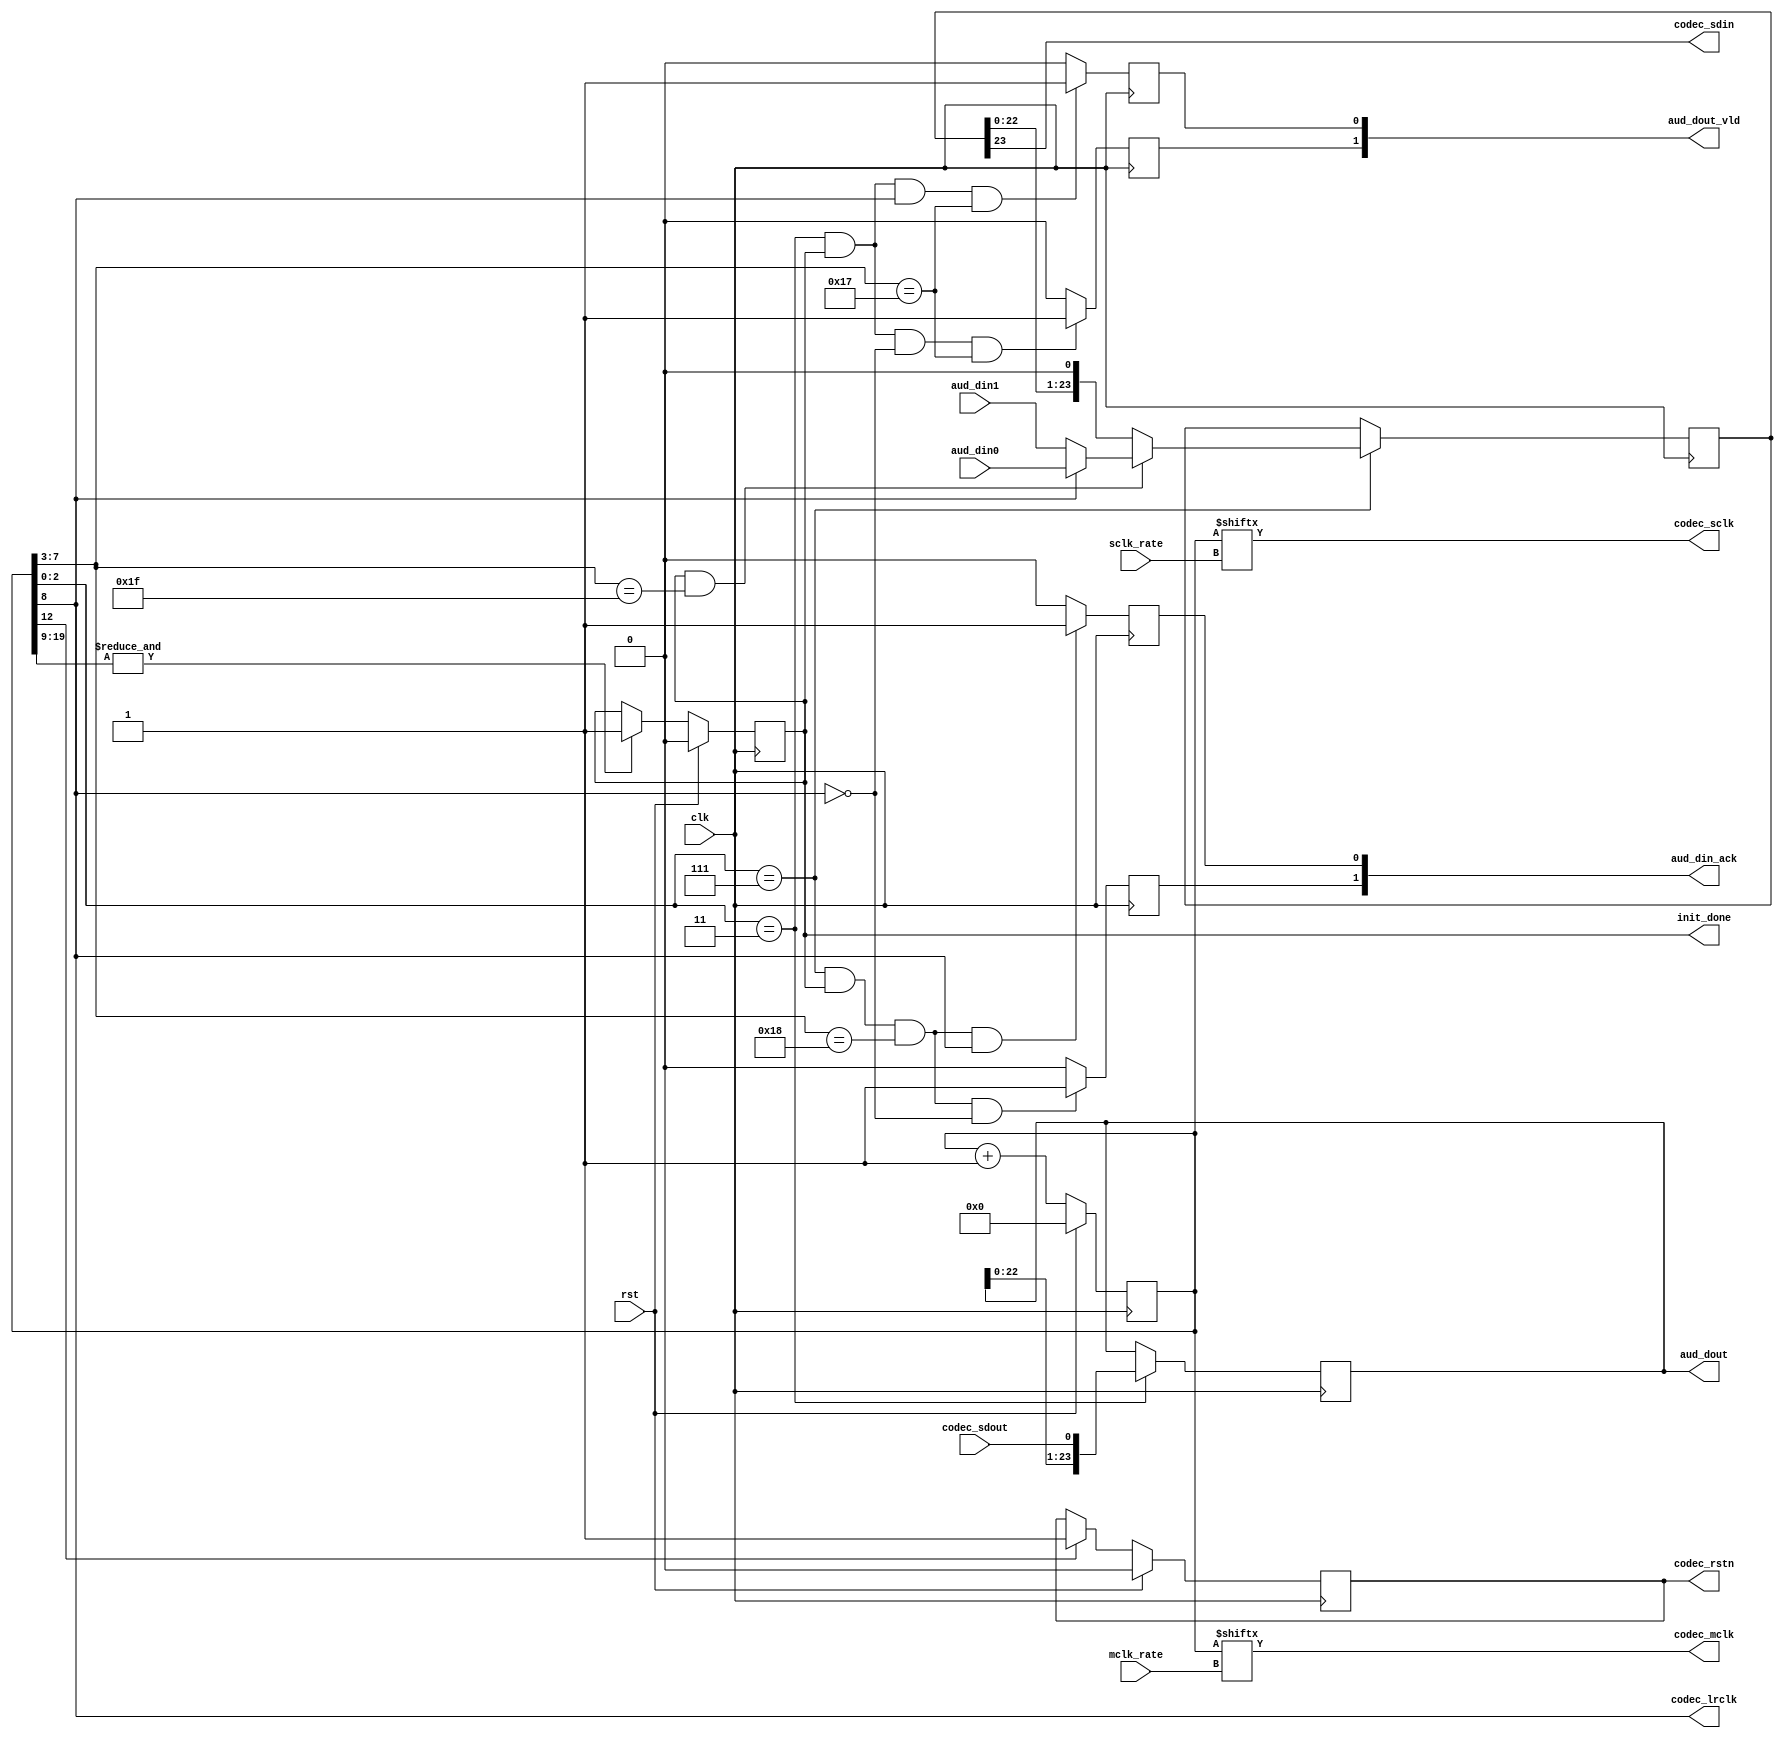
`timescale 1ns / 1ps

module codec_if
(
   input             clk,
   input             rst,

   output            init_done,
   input       [3:0] mclk_rate,
   input       [3:0] sclk_rate,

   output            codec_rstn,
   output            codec_mclk,
   output            codec_lrclk,
   output            codec_sclk,
   output            codec_sdin,
   input             codec_sdout,

   output reg [ 1:0] aud_dout_vld,
   output     [23:0] aud_dout,

   output reg [ 1:0] aud_din_ack,
   input      [23:0] aud_din0,
   input      [23:0] aud_din1
);


// Configuration pins
// stand-alone slave mode, left justified, 256x mclk
/*
assign codec_m0      = 1'b1;
assign codec_m1      = 1'b1;
assign codec_i2s     = 1'b0;
assign codec_mdiv1   = 1'b1;
assign codec_mdiv2   = 1'b1;
*/

// free-running counter, resettable
// - clock generation
// - reset generation & wait for at least 1045 sampling periods
reg [19:0] div_cntr;
always @ (posedge clk)
if(rst) begin
  div_cntr <= 'b0;
end else div_cntr <= div_cntr + 'b1;

assign codec_lrclk  = div_cntr[8];      // /512
assign codec_sclk   = div_cntr[sclk_rate];
assign codec_mclk   = div_cntr[mclk_rate];

wire sclk_fall;
wire sclk_rise;
assign sclk_fall    = div_cntr[2:0]==3'b111;
assign sclk_rise    = div_cntr[2:0]==3'b011;

// "virtual" bit counter, 5-bit part of div_cntr
wire [ 4:0] bit_cntr;
assign bit_cntr     = div_cntr[7:3];

// active low reset for the codec
// ~8 sampling periods long after system reset
reg rst_ff;
always @ (posedge clk)
if(rst) rst_ff <= 1'b0;
else if(div_cntr[12]) rst_ff <= 1'b1;

// assign codec reset to output port
assign codec_rstn = rst_ff;

// init done:
// wait at least 1045 sampling periods after codec reset is released,
// then set init done
reg init_done_ff;
always @ (posedge clk)
if(rst) init_done_ff <= 1'b0;
else if(&div_cntr[19:9]) init_done_ff <= 1'b1;

// input shift register
// sample input data when the generated sclk has a rising edge
reg  [23:0] shr_rx;
always @ (posedge clk)
if(sclk_rise) shr_rx={shr_rx[22:0], codec_sdout};

// ADC parallel data valid for channel 0
// should be 0 when init_done is 0 
always @ (posedge clk)
if(sclk_rise&&init_done_ff&&codec_lrclk&&bit_cntr==5'd23)
  aud_dout_vld[0]<=1'b1;
else
  aud_dout_vld[0]<=1'b0;

// ADC parallel data valid for channel 1
// should be 0 when init_done is 0
always @ (posedge clk)
if(sclk_rise&&init_done_ff&&!codec_lrclk&&bit_cntr==5'd23)
  aud_dout_vld[1]<=1'b1;
else
  aud_dout_vld[1]<=1'b0;

// ADC parallel data output: the receive shift register
assign aud_dout = shr_rx;



// transmit shift register, which should
// - load channel 0 or channel 1 parallel data
// - or shift when the generated sclk has a falling edge 
reg  [23:0] shr_tx;
always @ (posedge clk)
if(sclk_fall) begin
  if(init_done_ff&&bit_cntr==5'd31)
    if(codec_lrclk) shr_tx<=aud_din0;
    else shr_tx<=aud_din1;
  else
    shr_tx<={shr_tx[22:0], 1'b0};
end

// serial input of the CODEC
assign codec_sdin = shr_tx[23];


// ACK output for channel 0 parallel data input
always @ (posedge clk)
if(sclk_fall&&init_done_ff&&bit_cntr==5'd24&&codec_lrclk)
  aud_din_ack[0]<=1'b1;
else aud_din_ack[0]<=1'b0;

// ACK output for channel 1 parallel data input   
always @ (posedge clk)
if(sclk_fall&&init_done_ff&&bit_cntr==5'd24&&!codec_lrclk)
  aud_din_ack[1]<=1'b1;
else aud_din_ack[1]<=1'b0;
 
assign init_done=init_done_ff;

endmodule